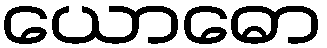
ယောဓော